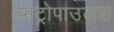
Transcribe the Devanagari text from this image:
मिट्रोपाउलस